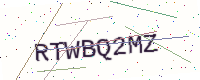
Text: RTWBQ2MZ